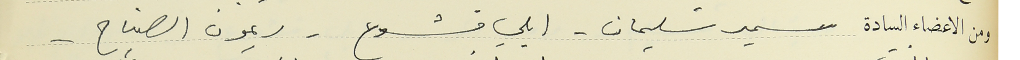
ومن الاعضاء السادة سمير سليمان - ايلي قشوع -  ريمون الصياح -